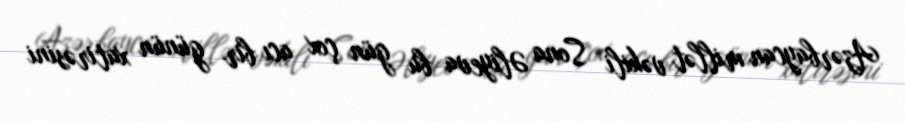
Azərbaycan millət vəkili Sona Əliyeva bu gün çox acı bir günün xatirəsini